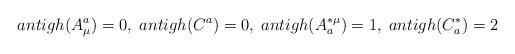
LaTeX: \begin{align*}antigh(A^a_\mu) = 0, \; antigh(C^a) = 0, \; antigh(A^{* \mu}_a) = 1, \;antigh(C^{*}_a) = 2\end{align*}